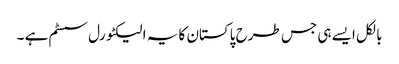
بالکل ایسے ہی جس طرح پاکستان کا یہ الیکٹورل سسٹم ہے ۔